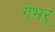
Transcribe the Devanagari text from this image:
गभर्